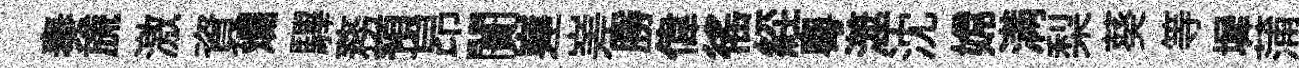
奏旒激資斕驆務預昂闠嵳嵳勝偉徭𦀇粵澨沈嫦满梨葵等墀蒲